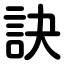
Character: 訣